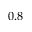
0 . 8